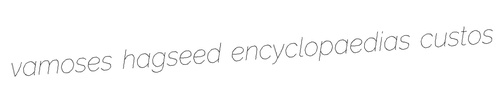
vamoses hagseed encyclopaedias custos